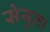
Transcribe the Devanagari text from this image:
सेयुता